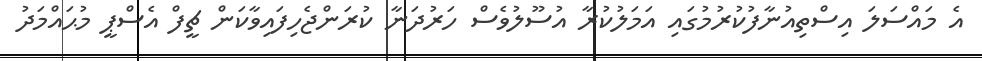
އެ މައްސަލަ އިސްތިއުނާފުކުރުމުގައި އަމަލުކުރާ އުސޫލުވެސް ހަރުދަނާ ކުރަންޖެހިފައިވާކަން ޗީފް އެސްޕީ މުޙައްމަދު